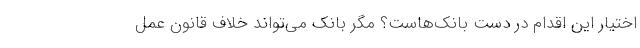
اختیار این اقدام در دست بانک‌هاست؟ مگر بانک می‌تواند خلاف قانون عمل